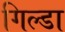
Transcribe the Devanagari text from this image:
गिल्डा